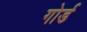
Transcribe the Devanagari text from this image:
गोर्ड